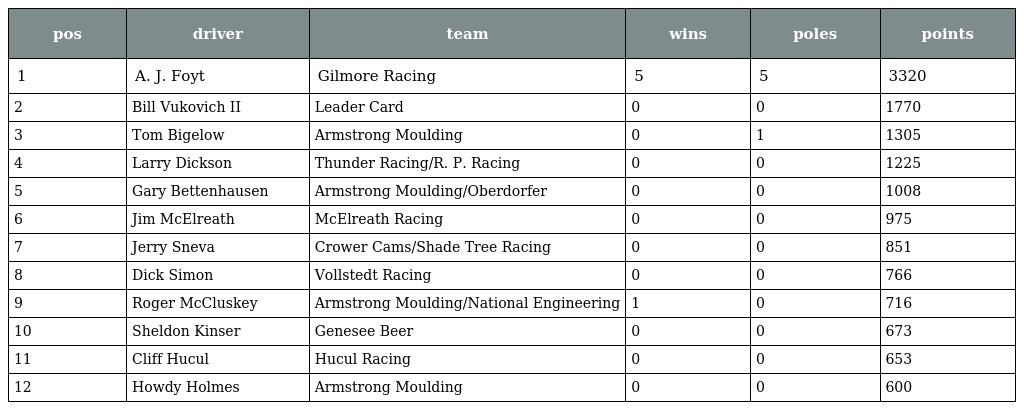
| pos | driver | team | wins | poles | points |
 | --- | --- | --- | --- | --- | --- |
 | 1 | A. J. Foyt | Gilmore Racing | 5 | 5 | 3320 |
 | 2 | Bill Vukovich II | Leader Card | 0 | 0 | 1770 |
 | 3 | Tom Bigelow | Armstrong Moulding | 0 | 1 | 1305 |
 | 4 | Larry Dickson | Thunder Racing/R. P. Racing | 0 | 0 | 1225 |
 | 5 | Gary Bettenhausen | Armstrong Moulding/Oberdorfer | 0 | 0 | 1008 |
 | 6 | Jim McElreath | McElreath Racing | 0 | 0 | 975 |
 | 7 | Jerry Sneva | Crower Cams/Shade Tree Racing | 0 | 0 | 851 |
 | 8 | Dick Simon | Vollstedt Racing | 0 | 0 | 766 |
 | 9 | Roger McCluskey | Armstrong Moulding/National Engineering | 1 | 0 | 716 |
 | 10 | Sheldon Kinser | Genesee Beer | 0 | 0 | 673 |
 | 11 | Cliff Hucul | Hucul Racing | 0 | 0 | 653 |
 | 12 | Howdy Holmes | Armstrong Moulding | 0 | 0 | 600 |